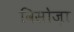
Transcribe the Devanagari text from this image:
विसोज़ा